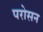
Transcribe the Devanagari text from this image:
परोसन